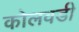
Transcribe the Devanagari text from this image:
कोलवडी